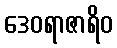
ဒေဝရာဇာရိဝ